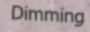
Dimming